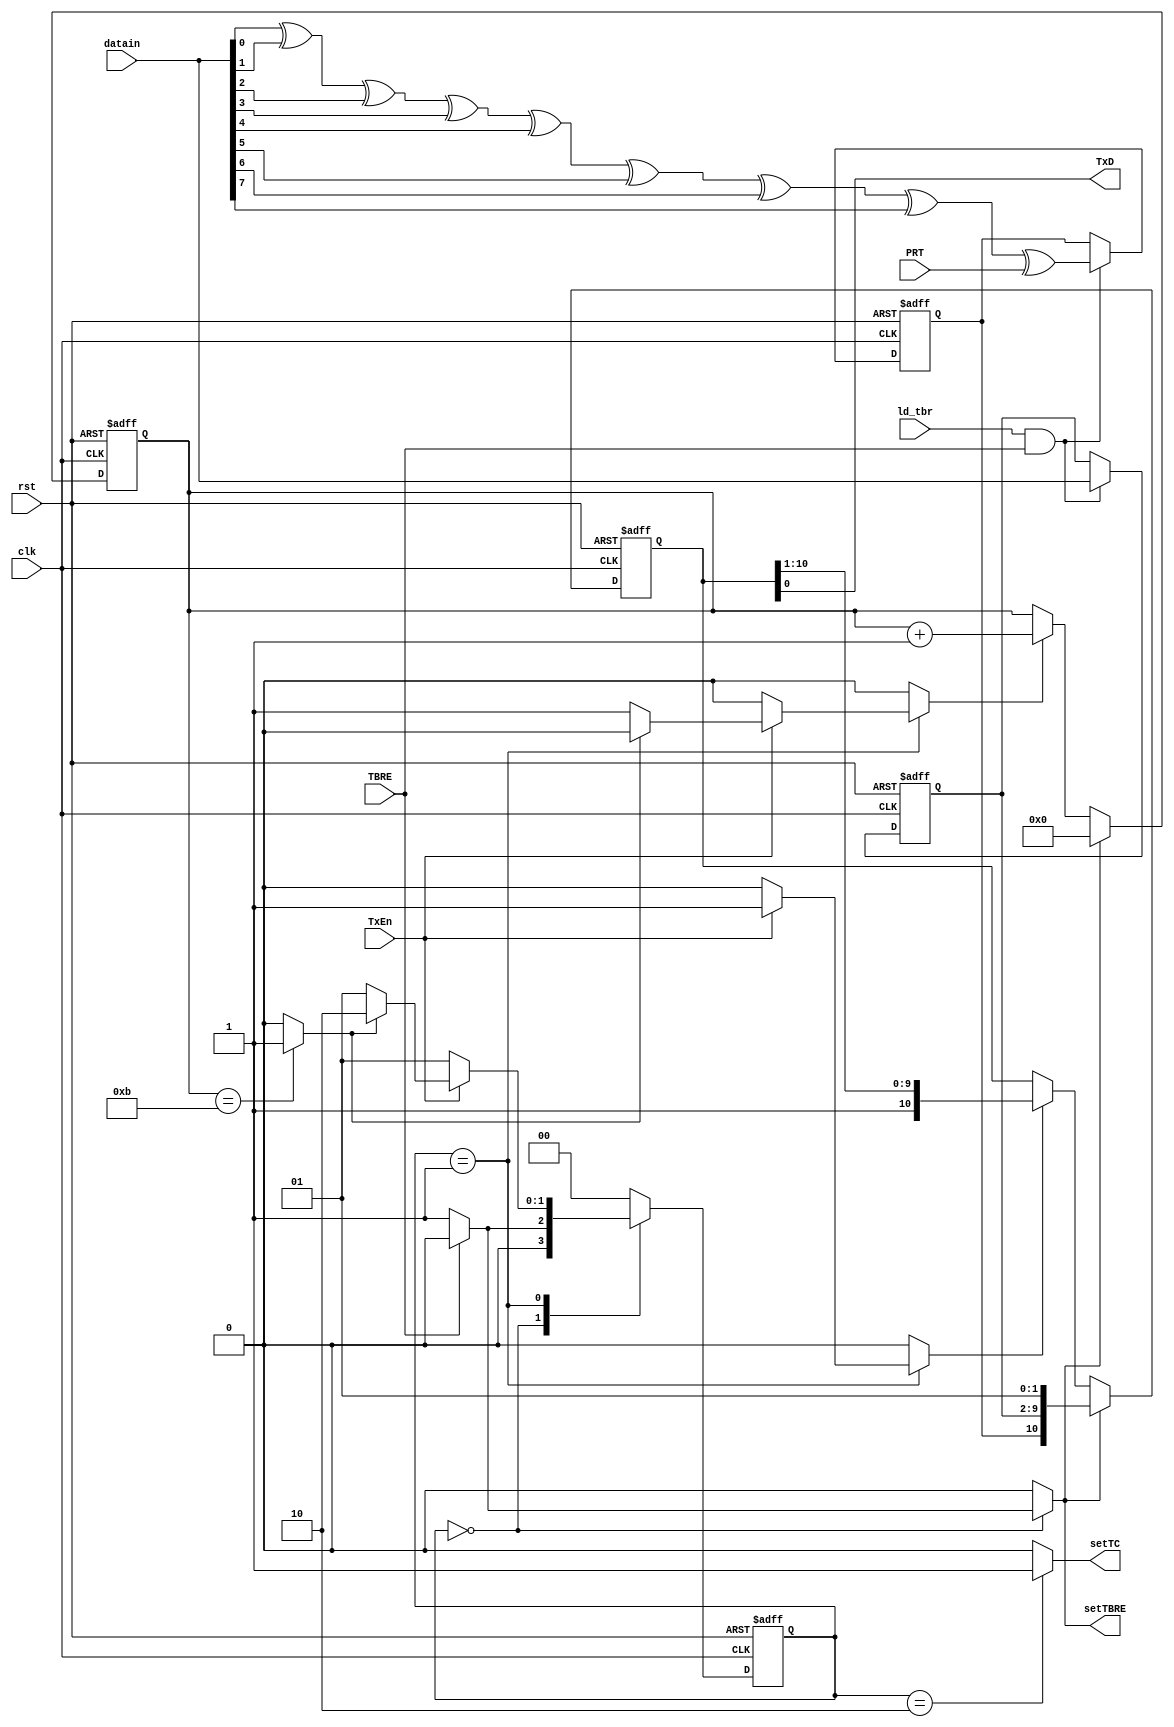
`timescale 1ns / 1ps
//`default_nettype none

module transmit(
    input clk,
    input rst,
	input TxEn,
    input TBRE,
    input PRT,
    input ld_tbr,
    input [7:0] datain,
    output reg setTBRE,
    output reg setTC,
    output TxD
    );
	 
reg [3:0] BitCnt;
reg [7:0] TBR;
reg [10:0] TSR;
reg inc_BitCnt, clr_BitCnt;
wire BitCnt_fin;
reg shift_tsr, ld_tsr, parity;
reg [1:0] curr_st, nx_st;

localparam IDLE = 2'b00, SENDING = 2'b01, LAST = 2'b10;
	 
assign TxD = TSR[0];
	 
always @(posedge clk, posedge rst)
	if (rst == 'b1)
		TSR <= 11'b11111111111;
	else if (ld_tsr == 'b1)
		TSR <= {parity, TBR, 2'b01};
	else if (shift_tsr == 'b1)
		TSR <= {1'b1, TSR[10:1]};

always @(posedge clk, posedge rst)
	if (rst == 'b1)
		begin
		parity <= 'b0;
		TBR <= 8'b11111111;
		end
	else if ((ld_tbr == 'b1) && (TBRE == 'b1))	
		begin
		TBR <= datain;
		parity <= datain[0] ^ datain[1] ^ datain[2] ^ datain[3] ^ datain[4] ^ datain[5] ^ datain[6] ^ datain[7] ^ PRT;
		end
		
always @(posedge clk, posedge rst)
	if (rst == 'b1)
		curr_st <= IDLE;
	else
		curr_st <= nx_st;

always @(*)
	begin
	ld_tsr 		<= 'b0;
	clr_BitCnt 	<= 'b0;
	setTBRE 	<= 'b0;
	shift_tsr 	<= 'b0;
	setTC 		<= 'b0;
	inc_BitCnt 	<= 'b0;

	case (curr_st)
		IDLE :
			begin
			if (TBRE == 'b0)
				begin
				nx_st 		<= SENDING;
				ld_tsr 		<= 'b1;
				clr_BitCnt 	<= 'b1;
				setTBRE 	<= 'b1;
				end
			else
				nx_st 		<= IDLE;
			end
		SENDING :
			begin
			nx_st 			<= SENDING;
			if(TxEn == 'b1)
				begin
				shift_tsr 	<= 'b1;
				if (BitCnt_fin == 'b1) 	nx_st 		<= LAST;
				else 					inc_BitCnt 	<= 'b1;
				end
			end
		LAST :
			begin
			nx_st <= IDLE;
			setTC <= 'b1;
			end
		default : nx_st <= IDLE;
	endcase
	end
				
always @(posedge clk, posedge rst)
	if (rst == 'b1)
		BitCnt <= 'b0;
	else if (clr_BitCnt == 'b1)
		BitCnt <= 'b0;
	else if (inc_BitCnt == 'b1)
		BitCnt <= BitCnt + 1;

assign BitCnt_fin = (BitCnt == 'd11)? 'b1 : 'b0;
			
endmodule